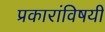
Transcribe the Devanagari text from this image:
प्रकारांविषयी